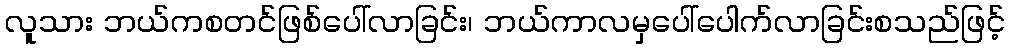
လူသား ဘယ်ကစတင်ဖြစ်ပေါ်လာခြင်း၊ ဘယ်ကာလမှပေါ်ပေါက်လာခြင်းစသည်ဖြင့်